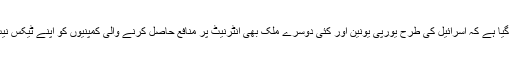
بدھ کو شائع ہونے والی رپورٹ میں بتایا گیا ہے کہ اسرائیل کی طرح یورپی یونین اور کئی دوسرے ملک بھی انٹرنیٹ پر منافع حاصل کرنے والی کمپنیوں کو اپنے ٹیکس نیٹ ورک کے دائرے میں لانا چاہتے ہیں۔